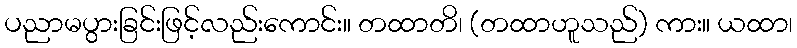
ပညာမပွားခြင်းဖြင့်လည်းကောင်း။ တထာတိ၊ (တထာဟူသည်) ကား။ ယထာ၊